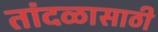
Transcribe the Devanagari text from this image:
तांदळासाठी